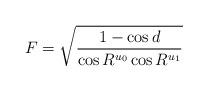
LaTeX: \begin{align*}F= \sqrt{\frac{1-\cos d}{\cos R^{u_0} \cos R^{u_1}}}\end{align*}